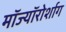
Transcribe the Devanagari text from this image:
मॉज्यॉरोर्शाग